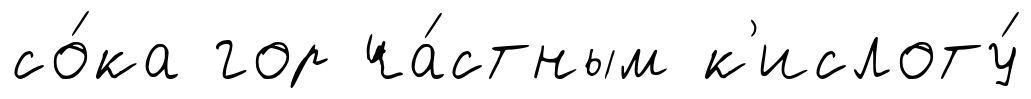
со́ка гор ча́стным к'ислоту́